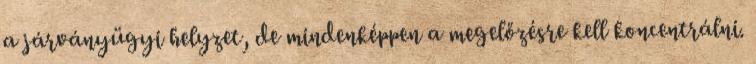
a járványügyi helyzet, de mindenképpen a megelőzésre kell koncentrálni.